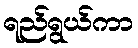
ရည်ရွယ်ကာ